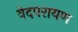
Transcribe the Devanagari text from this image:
वेदपरायण